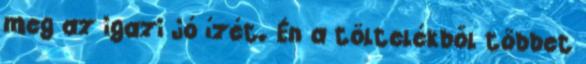
meg az igazi jó ízét. Én a töltelékből többet